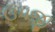
ઉપજી